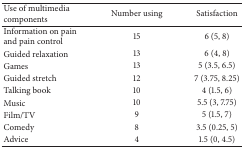
| Use of multimedia components | Number using | Satisfaction |
 | --- | --- | --- |
 | Information on pain and pain control | 15 | 6 (5, 8) |
 | Guided relaxation | 13 | 6 (4, 8) |
 | Games | 13 | 5 (3.5, 6.5) |
 | Guided stretch | 12 | 7 (3.75, 8.25) |
 | Talking book | 10 | 4 (1.5, 6) |
 | Music | 10 | 5.5 (3, 7.75) |
 | Film/TV | 9 | 5 (1.5, 7) |
 | Comedy | 8 | 3.5 (0.25, 5) |
 | Advice | 4 | 1.5 (0, 4.5) |